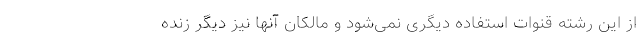
از این رشته قنوات استفاده دیگری نمی‌شود و مالکان آنها نیز دیگر زنده